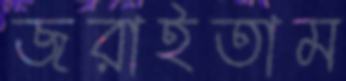
জরাইতাম